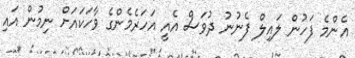
އެންމެ ފަހުން ލައިލް ފެނުނު ދުވަސް އެއީ އަހަރެމެންގެ ވާހަކައަށް ނިމުން އައި